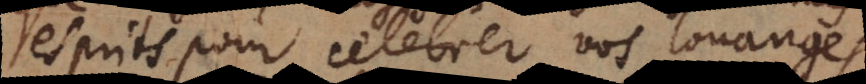
esprits pour celebrer vos louanges.